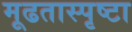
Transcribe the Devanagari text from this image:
मूढतास्पृष्टा